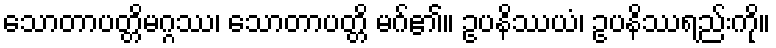
သောတာပတ္တိမဂ္ဂဿ၊ သောတာပတ္တိ မဂ်၏။ ဥပနိဿယံ၊ ဥပနိဿရည်းကို။